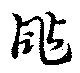
颭